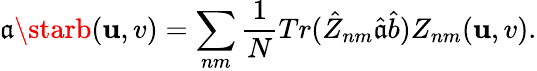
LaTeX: \mathfrak{a}\starb(\mathbf{u},v)=\sum_{nm}\frac{{1}}{{N}}Tr(\hat{{Z}}_{nm}\hat{{\mathfrak{a}}}\hat{{b}})Z_{nm}(\mathbf{u},v).